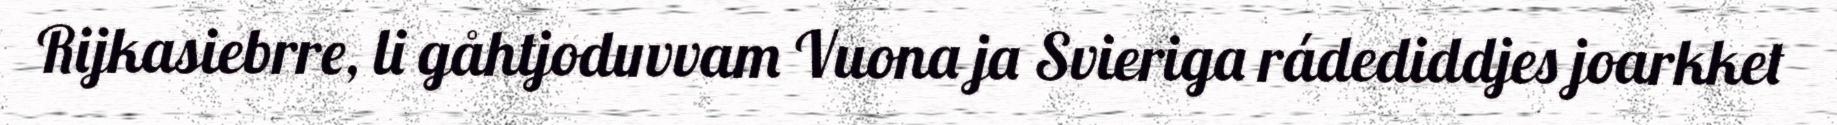
Rijkasiebrre, li gåhtjoduvvam Vuona ja Svieriga rádediddjes joarkket